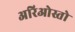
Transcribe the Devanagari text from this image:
अरिओस्तो